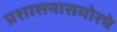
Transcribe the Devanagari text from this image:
प्रशासनासमोरचे